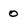
Character: 0